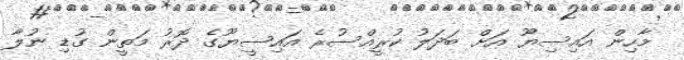
މާހިން އައިސިޔޫ އަށް ބަދަލު ކުރީއްސުރެ އައިސީޔޫގެ ދޮރު މަތީން ގުޑި ނުލާ